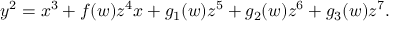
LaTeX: y ^ { 2 } = x ^ { 3 } + f ( w ) z ^ { 4 } x + g _ { 1 } ( w ) z ^ { 5 } + g _ { 2 } ( w ) z ^ { 6 } + g _ { 3 } ( w ) z ^ { 7 } .